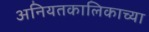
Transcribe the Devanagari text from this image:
अनियतकालिकाच्या